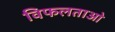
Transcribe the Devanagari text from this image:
विफलताओ